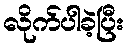
လိုက်ပါခဲ့ပြီး